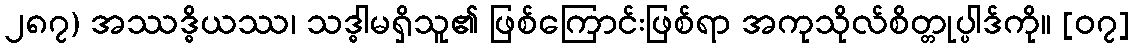
၂၈၇) အဿဒ္ဓိယဿ၊ သဒ္ဓါမရှိသူ၏ ဖြစ်ကြောင်းဖြစ်ရာ အကုသိုလ်စိတ္တုပ္ပါဒ်ကို။ [၀၇]